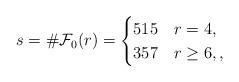
LaTeX: \begin{align*}s=\#\mathcal{F}_0(r)=\begin{cases}515 & r=4, \\357 & r\ge 6, ,\end{cases}\end{align*}